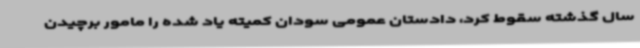
سال گذشته سقوط کرد، دادستان عمومی سودان کمیته یاد شده را مامور برچیدن